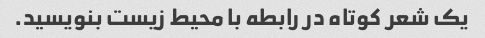
یک شعر کوتاه در رابطه با محیط زیست بنویسید.